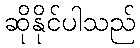
ဆိုနိုင်ပါသည်